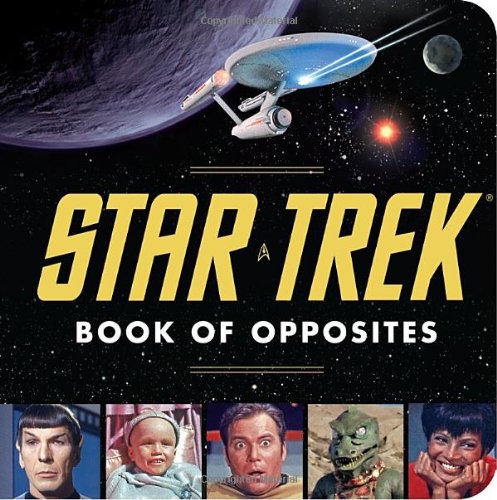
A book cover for Star Trek Book of Opposites; David Borgenicht; Children's Books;